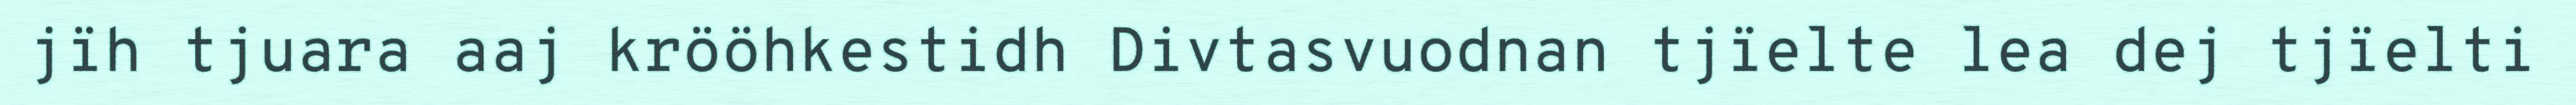
jïh tjuara aaj krööhkestidh Divtasvuodnan tjïelte lea dej tjïelti